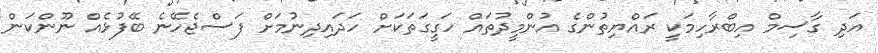
އަދި ގާސިމް އިބްރާހިމަކީ ރައްޔިތުންގެ އުންމީދުތައް ހަގީގަތަކަށް ހަދައިދިނުމަށް ފަސްޖެހޭނެ ބޭފުޅެއް ނޫންކަން